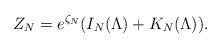
LaTeX: \begin{align*}Z_N = e^{\zeta_N} (I_N(\Lambda) + K_N(\Lambda)).\end{align*}